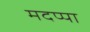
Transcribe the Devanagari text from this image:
मदप्पा